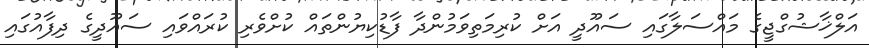
އަލްޚާޝުގްޖީގެ މައްސަލާގައި ސައޫދީ އަށް ކުރިމަތިވަމުންދާ ފާޑުކިޔުންތައް ކުށްވެރި ކުރައްވައި ސައޫދީގެ ދިފާއުގައި